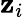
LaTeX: \mathbf{z}_{i}